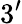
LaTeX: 3^{\prime}